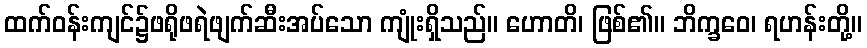
ထက်ဝန်းကျင်၌ဖရိုဖရဲဖျက်ဆီးအပ်သော ကျုံးရှိသည်။ ဟောတိ၊ ဖြစ်၏။ ဘိက္ခဝေ၊ ရဟန်းတို့။